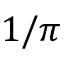
1 / \pi